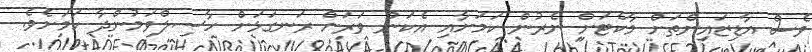
ވެސް އާޑިޒައިންތަށް މާކެޓަށް ނެރުން ކަމަށާއި އެކަން ވަރަށް ރަނގަޅަށް ހާސިލްވަމުންދާ ކަމަށެވެ.